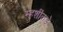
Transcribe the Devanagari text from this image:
म्हशींकडे